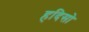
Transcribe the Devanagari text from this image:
हदिसो